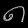
Digit: ၈